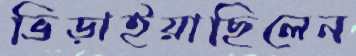
ভিড়াইয়াছিলেন